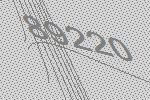
89220